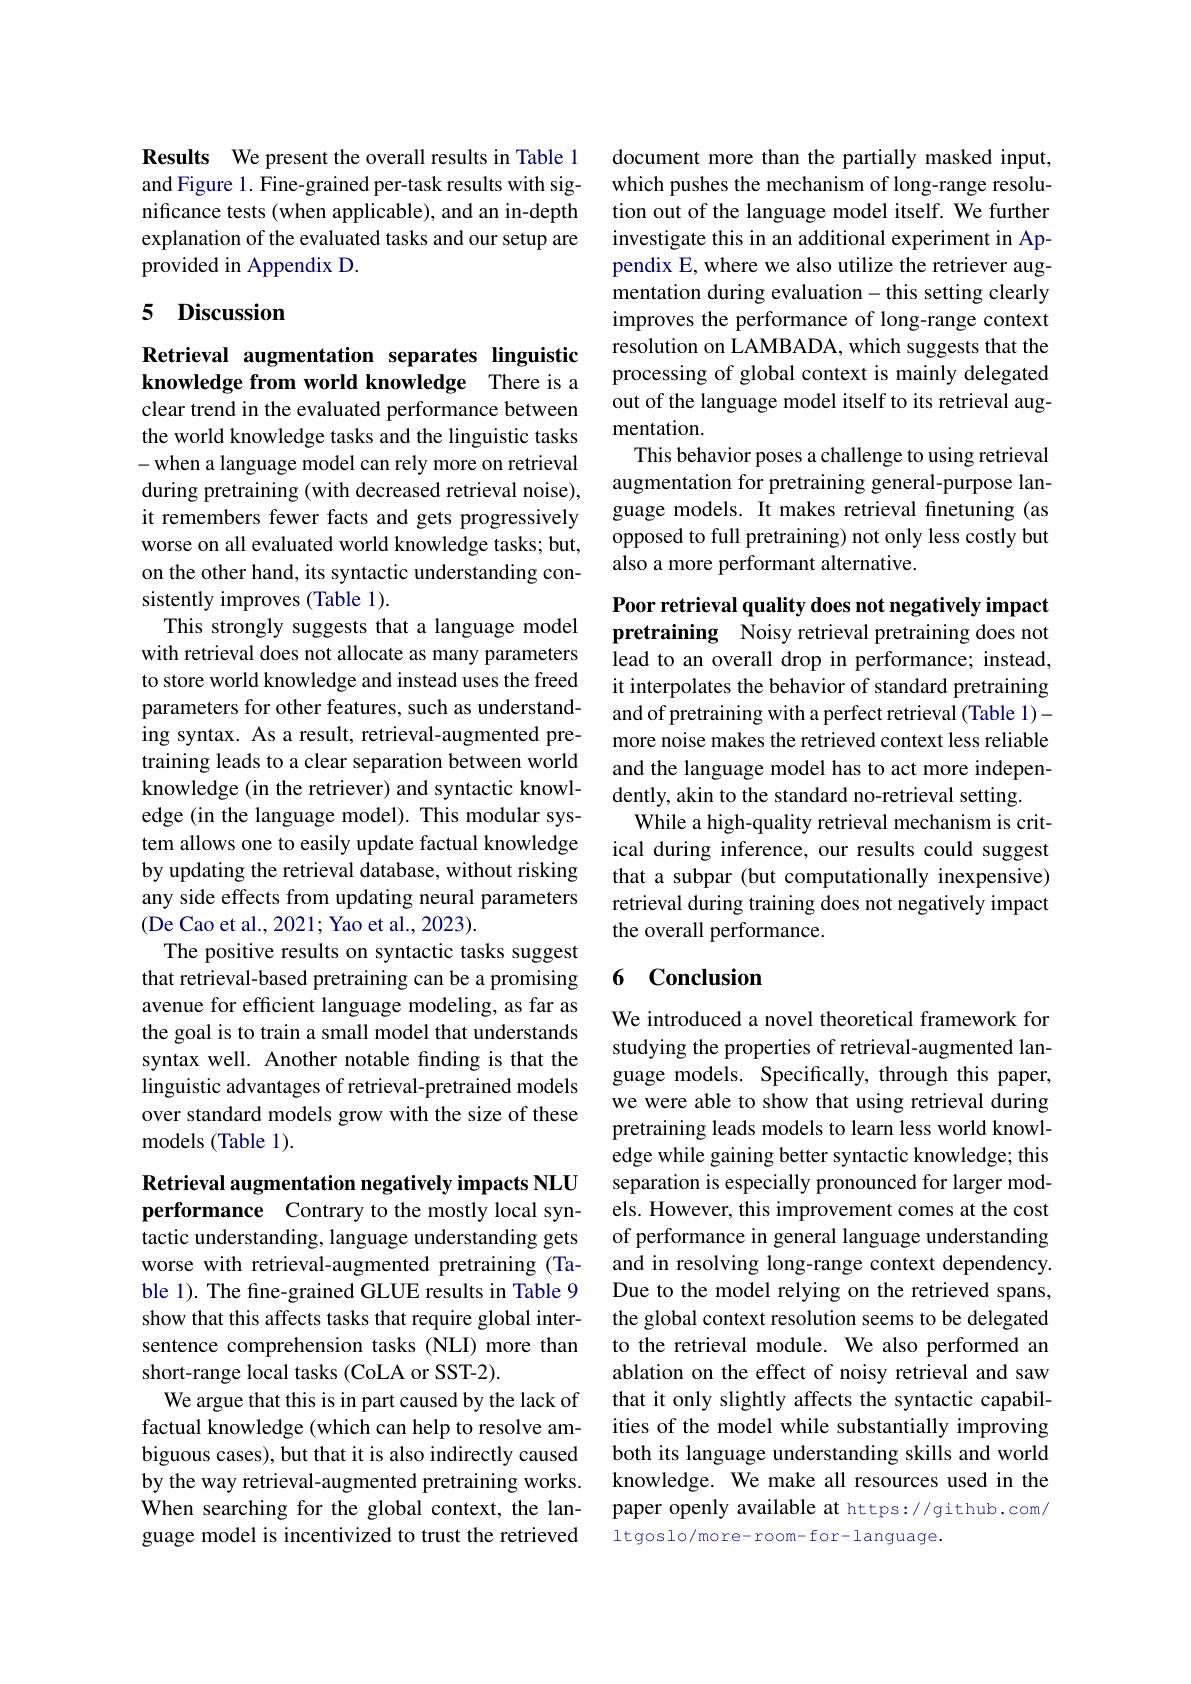
Results We present the overall results in Table 1 and Figure 1. Fine-grained per-task results with significance tests (when applicable), and an in-depth explanation of the evaluated tasks and our setup are provided in Appendix D.

## 5 Discussion

# Retrieval augmentation separates linguistic knowledge from world knowledge There is a

clear trend in the evaluated performance between the world knowledge tasks and the linguistic tasks -when a language model can rely more on retrieval during pretraining (with decreased retrieval noise), it remembers fewer facts and gets progressively worse on all evaluated world knowledge tasks; but, on the other hand, its syntactic understanding consistently improves (Table 1).
This strongly suggests that a language model with retrieval does not allocate as many parameters to store world knowledge and instead uses the freed parameters for other features, such as understanding syntax. As a result, retrieval-augmented pretraining leads to a clear separation between world knowledge (in the retriever) and syntactic knowledge (in the language model). This modular system allows one to easily update factual knowledge by updating the retrieval database, without risking any side effects from updating neural parameters (De Cao et al., 2021; Yao et al., 2023).
The positive results on syntactic tasks suggest that retrieval-based pretraining can be a promising avenue for efficient language modeling, as far as the goal is to train a small model that understands syntax well. Another notable finding is that the linguistic advantages of retrieval-pretrained models over standard models grow with the size of these models (Table 1).

Retrieval augmentation negatively impacts NLU performance Contrary to the mostly local syntactic understanding, language understanding gets worse with retrieval-augmented pretraining (Table 1). The fine-grained GLUE results in Table 9 show that this affects tasks that require global intersentence comprehension tasks (NLI) more than short-range local tasks (CoLA or SST-2).
We argue that this is in part caused by the lack of factual knowledge (which can help to resolve ambiguous cases), but that it is also indirectly caused by the way retrieval-augmented pretraining works. When searching for the global context, the language model is incentivized to trust the retrieved

document more than the partially masked input, which pushes the mechanism of long-range resolution out of the language model itself. We further investigate this in an additional experiment in Appendix E, where we also utilize the retriever augmentation during evaluation-this setting clearly improves the performance of long-range context resolution on LAMBADA, which suggests that the processing of global context is mainly delegated out of the language model itself to its retrieval augmentation.
This behavior poses a challenge to using retrieval augmentation for pretraining general-purpose language models. It makes retrieval finetuning (as opposed to full pretraining) not only less costly but also a more performant alternative.

Poor retrieval quality does not negatively impact pretraining Noisy retrieval pretraining does not lead to an overall drop in performance; instead, it interpolates the behavior of standard pretraining and of pretraining with a perfect retrieval (Table 1)- more noise makes the retrieved context less reliable and the language model has to act more independently, akin to the standard no-retrieval setting.
While a high-quality retrieval mechanism is critical during inference, our results could suggest that a subpar (but computationally inexpensive) retrieval during training does not negatively impact the overall performance.

## 6 Conclusion

We introduced a novel theoretical framework for studying the properties of retrieval-augmented language models. Specifically, through this paper, we were able to show that using retrieval during pretraining leads models to learn less world knowledge while gaining better syntactic knowledge; this separation is especially pronounced for larger models. However, this improvement comes at the cost of performance in general language understanding and in resolving long-range context dependency. Due to the model relying on the retrieved spans, the global context resolution seems to be delegated to the retrieval module. We also performed an ablation on the effect of noisy retrieval and saw that it only slightly affects the syntactic capabilities of the model while substantially improving both its language understanding skills and world knowledge. We make all resources used in the paper openly available at https://github.com/ ltgoslo/more-room-for-language.